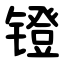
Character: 镫